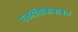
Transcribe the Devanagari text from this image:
एकांकिकेबाबत